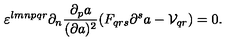
\varepsilon ^ { l m n p q r } \partial _ { n } { \frac { \partial _ { p } a } { ( \partial a ) ^ { 2 } } } ( F _ { q r s } \partial ^ { s } a - { \cal V } _ { q r } ) = 0 .